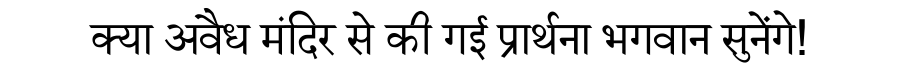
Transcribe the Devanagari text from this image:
क्या अवैध मंदिर से की गई प्रार्थना भगवान सुनेंगे!